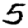
Digit: 5